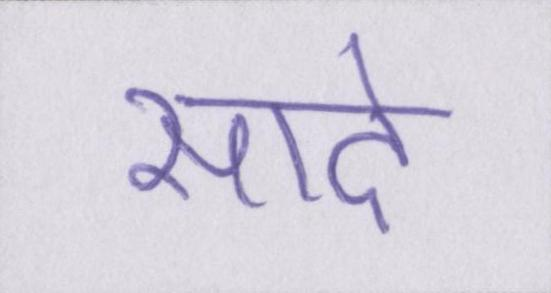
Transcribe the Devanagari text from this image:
सादे